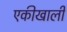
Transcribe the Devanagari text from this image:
एकीखाली